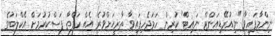
ނިންމާފައިވާ "ނިއުރޭޑިއަންޓް ނައިޓް" ކުރިން ހަމަޖެހިފައިވާ ތާރީޚަށްވުރެ އެއް ހަފްތާ ފަސްކުރުމަށް އެކްލަބުގެ